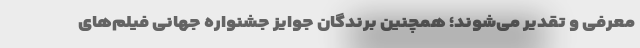
معرفی و تقدیر می‌شوند؛ همچنین برندگان جوایز جشنواره جهانی فیلم‌های